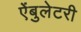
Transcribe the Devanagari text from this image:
ऐंबुलेटरी